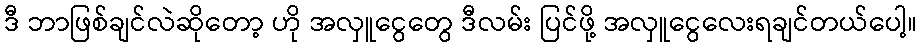
ဒီ ဘာဖြစ်ချင်လဲဆိုတော့ ဟို အလှူငွေတွေ ဒီလမ်း ပြင်ဖို့ အလှူငွေလေးရချင်တယ်ပေါ့။